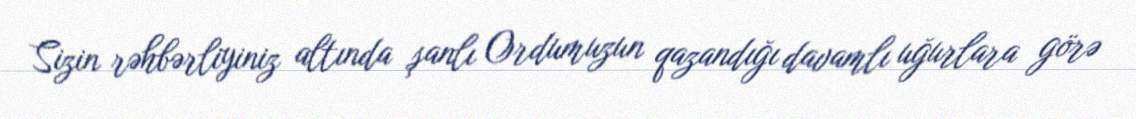
Sizin rəhbərliyiniz altında şanlı Ordumuzun qazandığı davamlı uğurlara görə